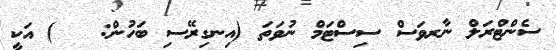
ސެންޓްރަލް ނާރވަސް ސިސްޓަމް ނުވަތަ (އިނގިރޭސި ބަހުން:   ) އަކީ